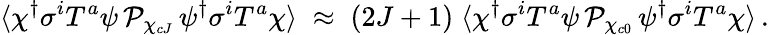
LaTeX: \langle\chi^{\dagger}\sigma^{i}T^{a}\psi\, {\cal P}_{\chi_{cJ}}\, \psi^{\dagger}\sigma^{i}T^{a}\chi\rangle\; \approx\; (2J+1)\; \langle\chi^{\dagger}\sigma^{i}T^{a}\psi\, {\cal P}_{\chi_{c0}}\, \psi^{\dagger}\sigma^{i}T^{a}\chi\rangle\, .